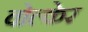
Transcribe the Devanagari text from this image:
वोल्केर